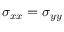
\sigma _ { x x } = \sigma _ { y y }